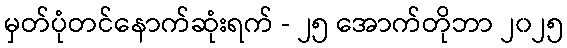
မှတ်ပုံတင်နောက်ဆုံးရက် - ၂၅ အောက်တိုဘာ ၂၀၂၅